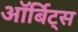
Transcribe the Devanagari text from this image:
ऑर्बिट्स